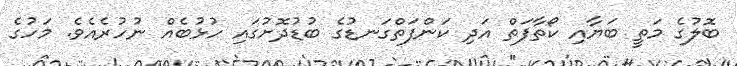
ބޮލުގެ މަތީ ބަޔާއި ކޯތާފަތް އަދި ކަންފަތްގަނޑުގެ ބުޑުދޮށުގައި ހުޅުބެއް ނުހުރެއެވެ. މަހުގެ